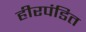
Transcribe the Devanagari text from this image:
हीरपंडित